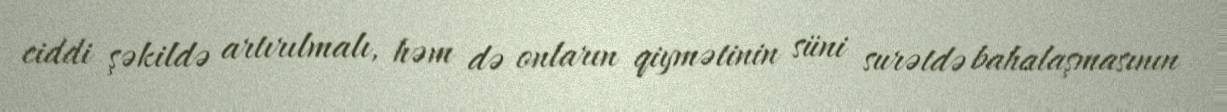
ciddi şəkildə artırılmalı, həm də onların qiymətinin süni surətdə bahalaşmasının